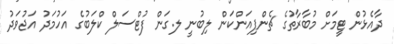
ދާއެޅުން ޓީމަށް މުބާރާތުގެ ޗެންޕިއަންކަން ލިބުނީ ލ.ގަން ފުޓްސަލް ކްލަބުގެ އަހުމަދު އަޖުވަދު